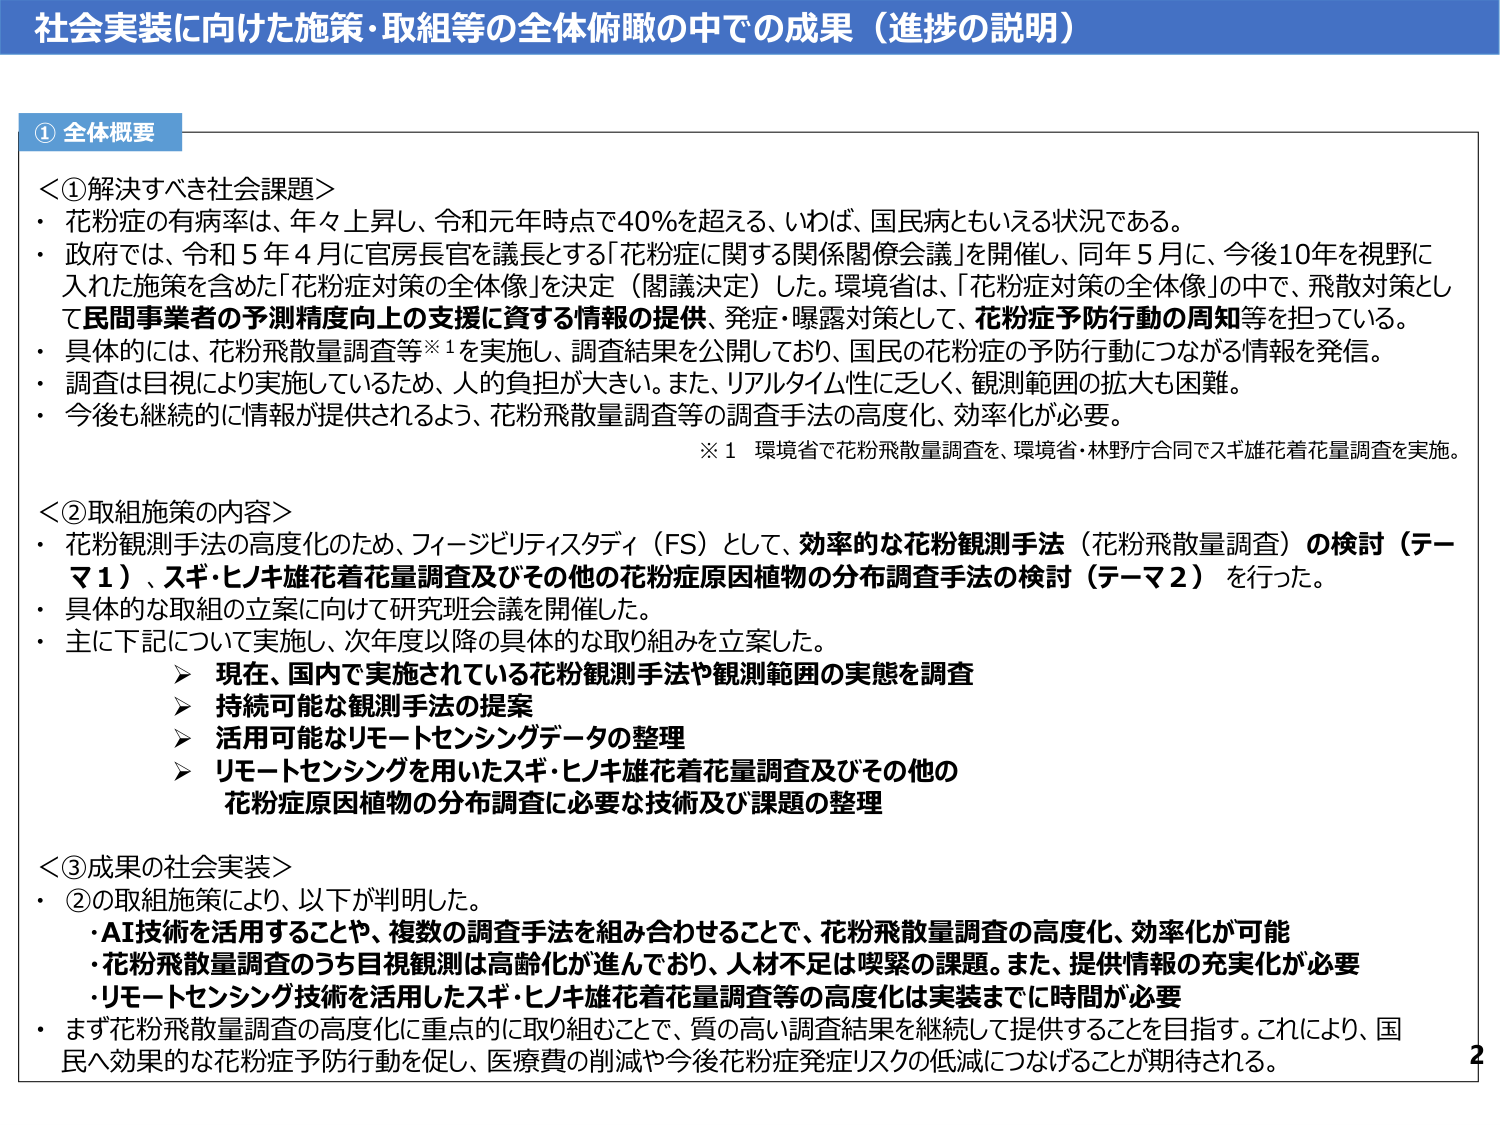
社会実装に向けた施策・取組等の全体俯瞰の中での成果（進捗の説明）

① 全体概要

＜①解決すべき社会課題＞
・花粉症の有病率は、年々上昇し、令和元年時点で40％を超える、いわば、国民病ともいえる状況である。
・政府では、令和5年4月に官房長官を議長とする「花粉症に関する関係閣僚会議」を開催し、同年5月に、今後10年を視野に入れた施策を含めた「花粉症対策の全体像」を決定（閣議決定）した。環境省は、「花粉症対策の全体像」の中で、飛散対策として民間事業者の予測精度向上の支援に資する情報の提供、発症・曝露対策として、花粉症予防行動の周知等を担っている。
・具体的には、花粉飛散量調査等※1を実施し、調査結果を公開しており、国民の花粉症の予防行動につながる情報を発信。
・調査は目視により実施しているため、人的負担が大きい。また、リアルタイム性に乏しく、観測範囲の拡大も困難。
・今後も継続的に情報が提供されるよう、花粉飛散量調査等の調査手法の高度化、効率化が必要。

※1 環境省で花粉飛散量調査を、環境省・林野庁合同でスギ雄花着花量調査を実施。

＜②取組施策の内容＞
・花粉観測手法の高度化のため、フィージビリティスタディ（FS）として、効率的な花粉観測手法（花粉飛散量調査）の検討（テーマ1）、スギ・ヒノキ雄花着花量調査及びその他の花粉症原因植物の分布調査手法の検討（テーマ2）を行った。
・具体的な取組の立案に向けて研究班会議を開催した。
・主に下記について実施し、次年度以降の具体的な取り組みを立案した。
　＞ 現在、国内で実施されている花粉観測手法や観測範囲の実態を調査
　＞ 持続可能な観測手法の提案
　＞ 活用可能なリモートセンシングデータの整理
　＞ リモートセンシングを用いたスギ・ヒノキ雄花着花量調査及びその他の花粉症原因植物の分布調査に必要な技術及び課題の整理

＜③成果の社会実装＞
・②の取組施策により、以下が判明した。
　・AI技術を活用することや、複数の調査手法を組み合わせることで、花粉飛散量調査の高度化、効率化が可能
　・花粉飛散量調査のうち目視観測は高齢化が進んでおり、人材不足は喫緊の課題。また、提供情報の充実化が必要
　・リモートセンシング技術を活用したスギ・ヒノキ雄花着花量調査等の高度化は実装までに時間が必要
・まず花粉飛散量調査の高度化に重点的に取り組むことで、質の高い調査結果を継続して提供することを目指す。これにより、国民へ効果的な花粉症予防行動を促し、医療費の削減や今後花粉症発症リスクの低減につなげることが期待される。

2